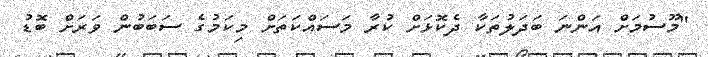
"މޫސުމަށް އަންނަ ބަދަލުތަކާ ދެކޮޅަށް ކުރާ މަސައްކަތަށް މިކަމުގެ ސަބަބުން ވަރަށް ބޮޑު